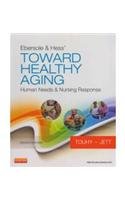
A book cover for Ebersole & Hess Toward Healthy Aging 8Ed: Human Needs & Nursing Response (Pb 2012); Touhy T.A.; Medical Books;